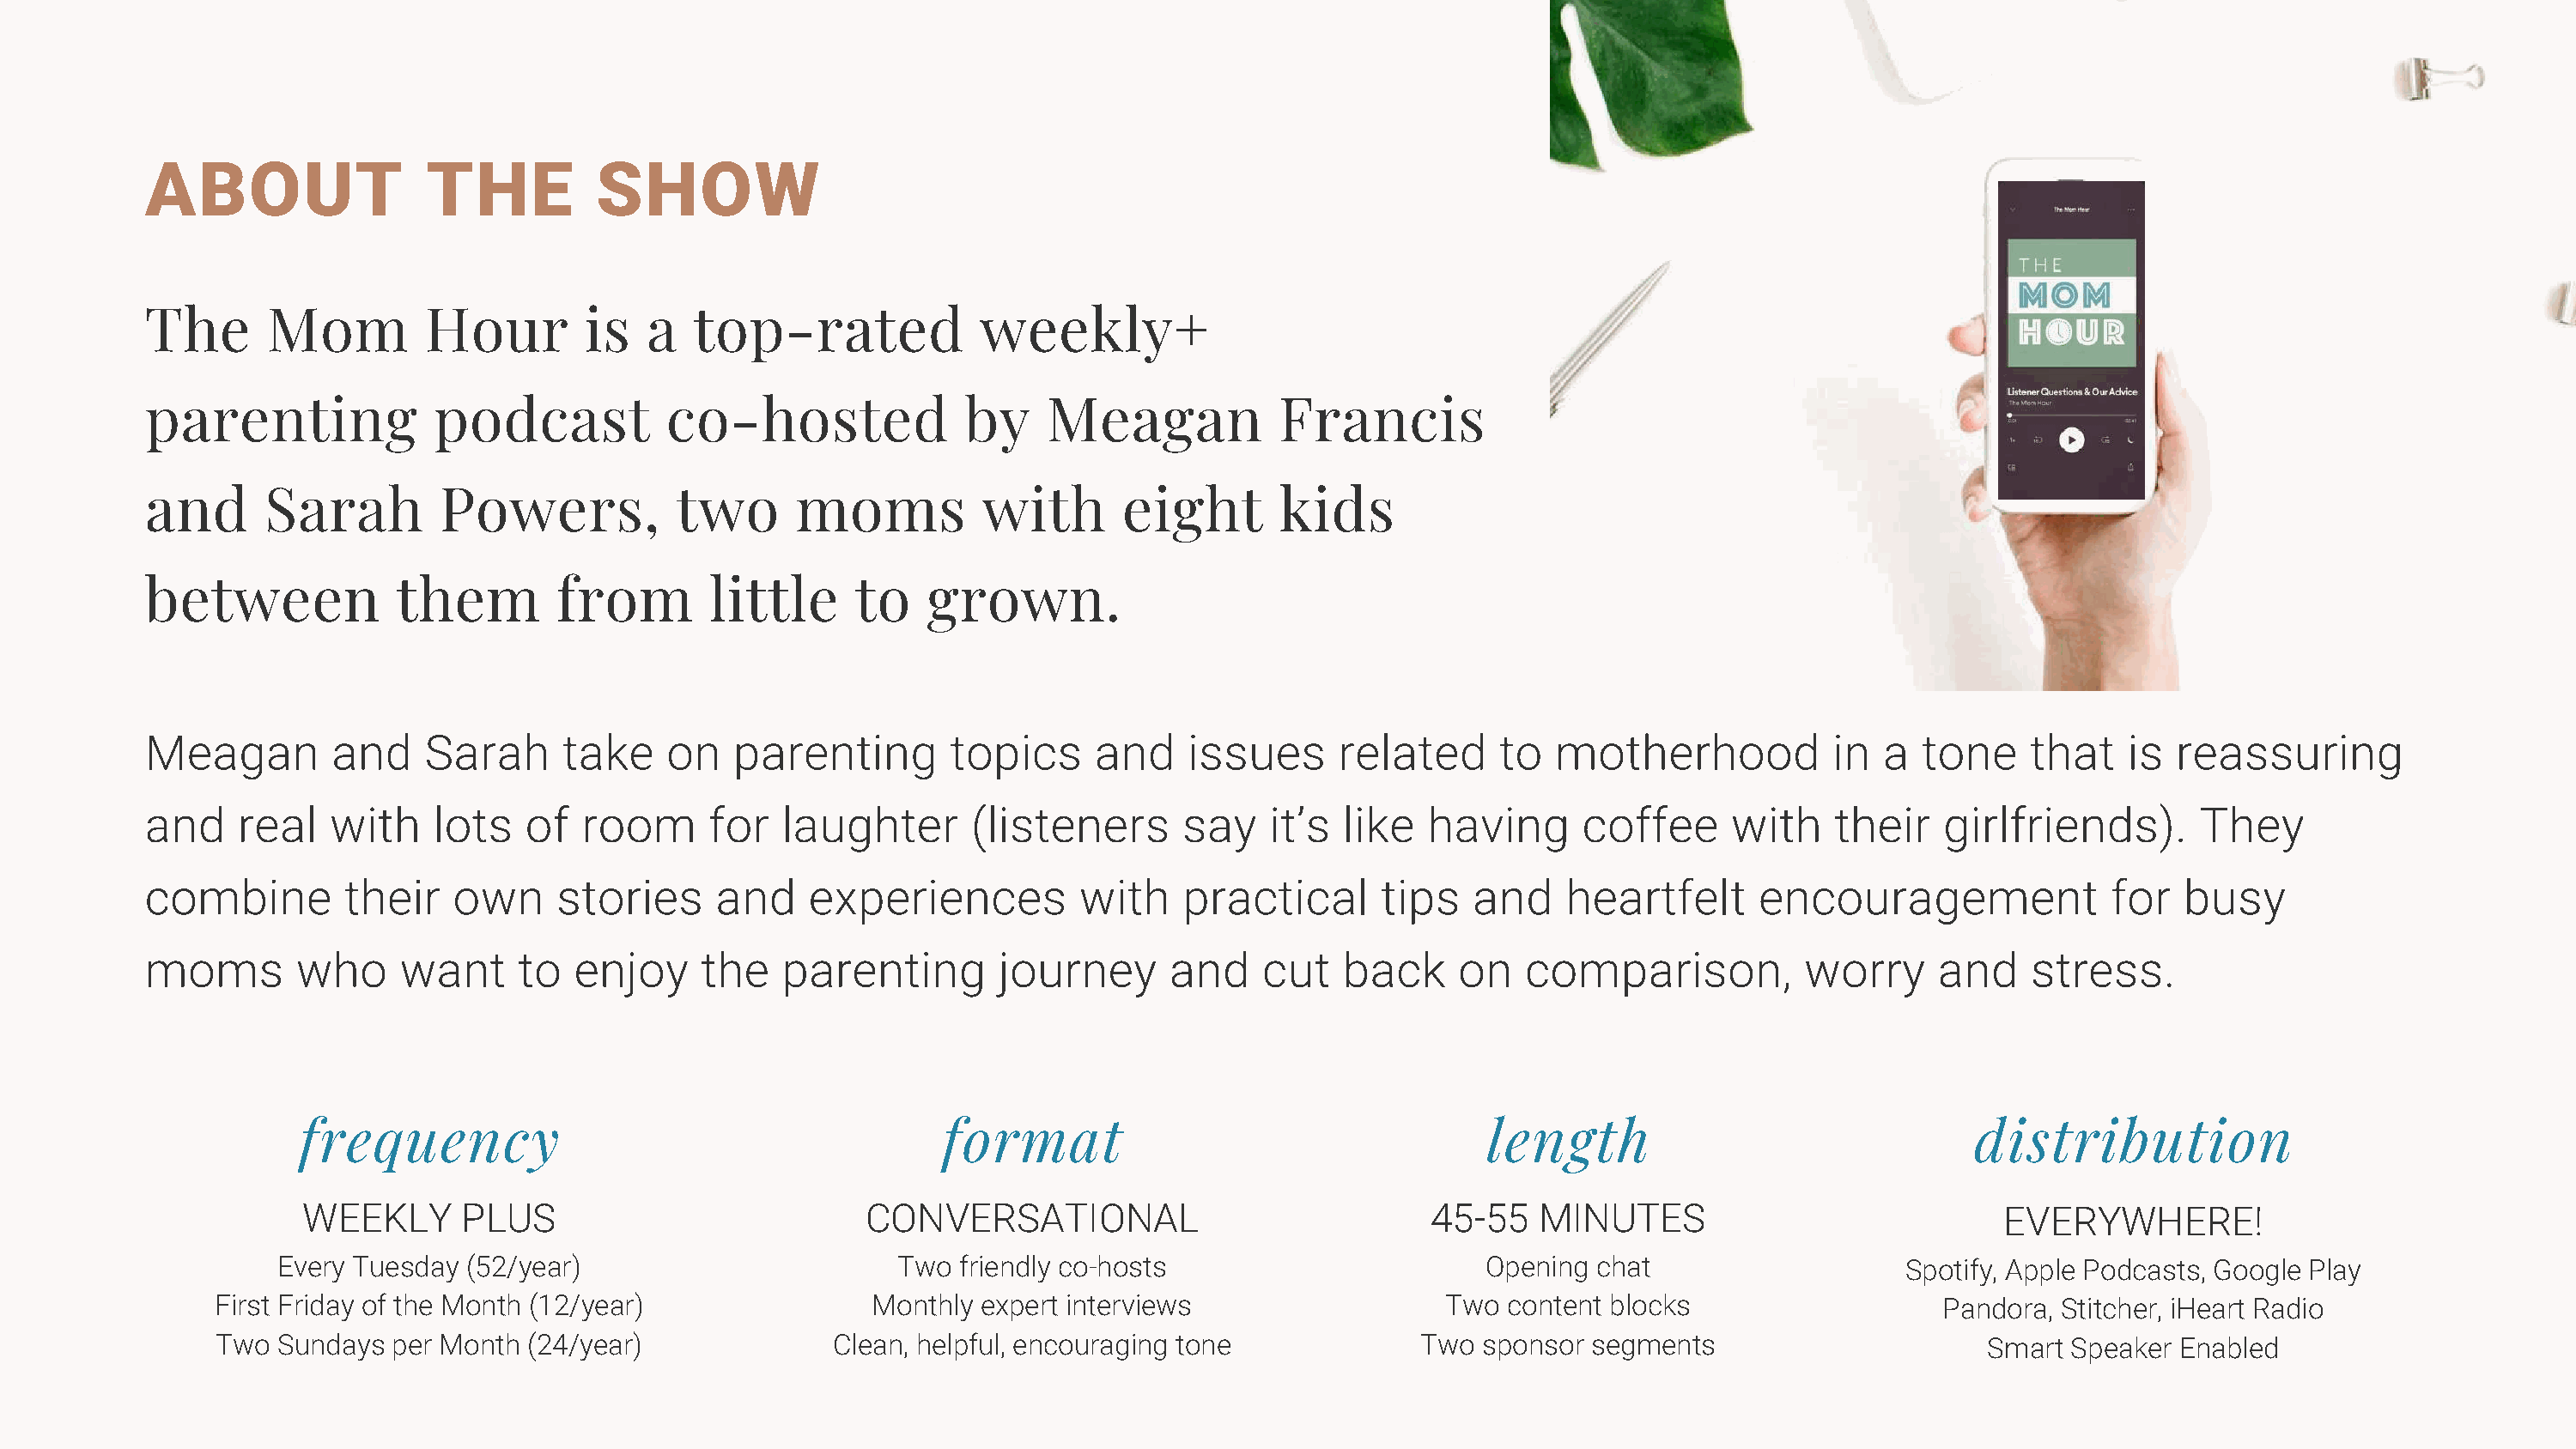
ABOUT                 THE          SHOW
 The       Mom         Hour        is   a  top-rated              weekly+
 parenting             podcast           co-hosted              by     Meagan            Francis
 and      Sarah         Powers,           two      moms           with       eight       kids
 between             them        from        little     to   grown.
 Meagan         and    Sarah     take    on    parenting       topics     and     issues     related      to  motherhood           in  a  tone     that   is  reassuring
 and    real   with    lots    of  room      for  laughter       (listeners      say    it’s  like  having      coffee     with    their    girlfriends).       They
 combine         their   own     stories     and    experiences          with    practical      tips    and    heartfelt      encouragement              for  busy
 moms        who     want     to  enjoy     the   parenting        journey      and    cut    back    on    comparison,          worry     and     stress.
 frequency                                         format                                    length                               distribution
 WEEKLY       PLUS                           CONVERSATIONAL                             45-55    MINUTES                            EVERYWHERE!
 Every Tuesday  (52/year)                        Two  friendly co-hosts                        Opening chat                    Spotify, Apple Podcasts, Google Play
 First Friday of the Month (12/year)               Monthly  expert interviews                  Two  content blocks                    Pandora, Stitcher, iHeart Radio
 Two Sundays  per Month  (24/year)              Clean, helpful, encouraging tone              Two sponsor  segments                      Smart  Speaker Enabled